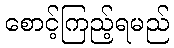
စောင့်ကြည့်ရမည်